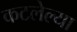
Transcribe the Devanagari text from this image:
कटलेल्या